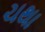
ચથા